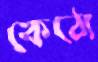
কেঠো